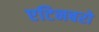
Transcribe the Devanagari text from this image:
एटिनबरो